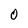
Character: 0